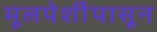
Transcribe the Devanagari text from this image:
मूलपेशींपासून